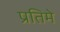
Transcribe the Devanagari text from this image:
प्रतिमे